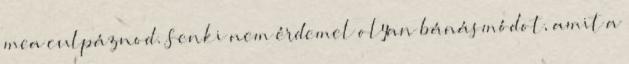
mea culpáznod. Senki nem érdemel olyan bánásmódot, amit a